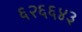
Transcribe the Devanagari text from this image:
६२६६४३